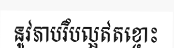
នូវភាបរឹបល្អឥតខ្ចោះ